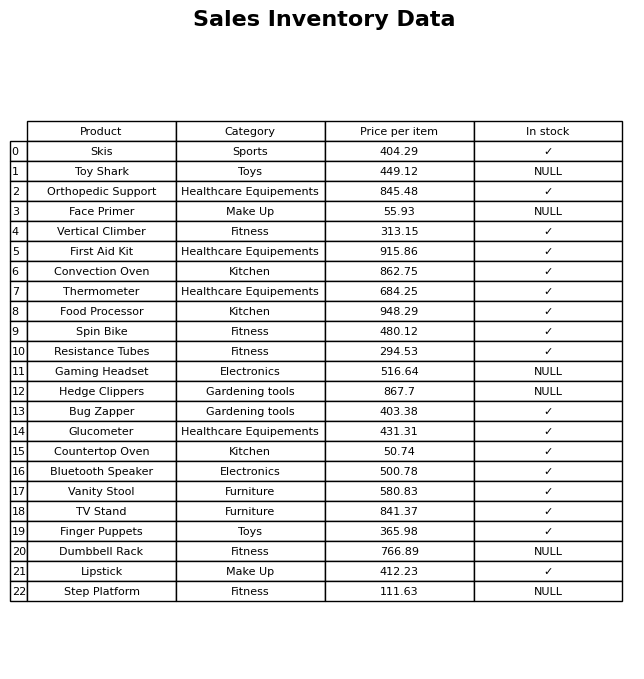
question: Is the Lipstick in stock?
answer: ✓